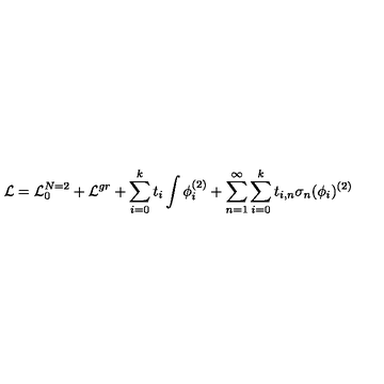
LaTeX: { \cal L } = { \cal L } _ { 0 } ^ { N = 2 } + { \cal L } ^ { g r } + \sum _ { i = 0 } ^ { k } t _ { i } \int \phi _ { i } ^ { ( 2 ) } + \sum _ { n = 1 } ^ { \infty } \sum _ { i = 0 } ^ { k } t _ { i , n } \sigma _ { n } ( \phi _ { i } ) ^ { ( 2 ) }